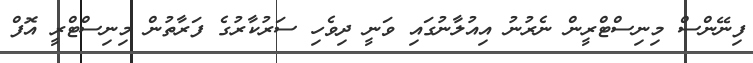
ފިނޭންސް މިނިސްޓްރީން ނެރުނު އިއުލާނުގައި ވަނީ ދިވެހި ސަރުކާރުގެ ފަރާތުން މިނިސްޓްރީ އޮފް